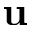
\mathbf { u }